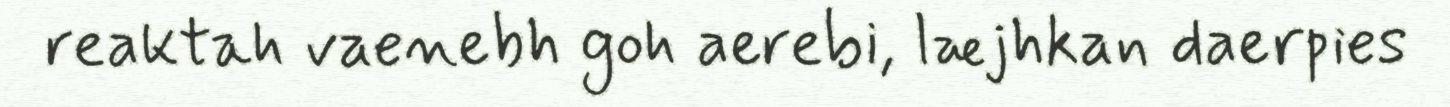
reaktah vaenebh goh aerebi, læjhkan daerpies